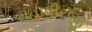
મહાવીરજી